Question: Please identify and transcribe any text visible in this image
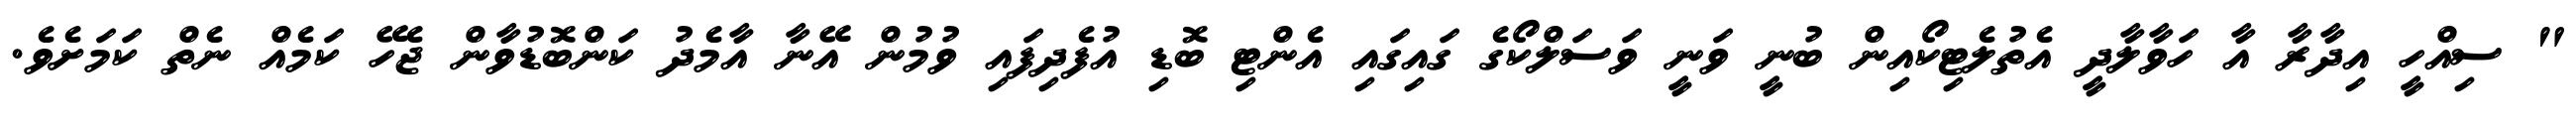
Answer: " ސިއްހީ އިދާރާ އާ ހަވާލާދީ އެތުލެޓިކޯއިން ބުނީ ވަނީ ވަސަލްކޯގެ ގައިގައި އެންޓި ބޮޑި އުފެދިފައި ވުމުން އޭނާ އާމެދު ކަންބޮޑުވާން ޖެހޭ ކަމެއް ނެތް ކަމަށެވެ.